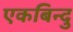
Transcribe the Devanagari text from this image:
एकबिन्दु